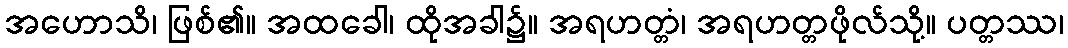
အဟောသိ၊ ဖြစ်၏။ အထခေါ၊ ထိုအခါ၌။ အရဟတ္တံ၊ အရဟတ္တဖိုလ်သို့။ ပတ္တဿ၊